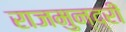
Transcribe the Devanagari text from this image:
राजमुन्द्री